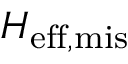
H _ { \mathrm { e f f , m i s } }